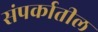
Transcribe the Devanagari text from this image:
संपर्कातील